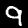
Label: 9